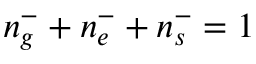
n _ { g } ^ { - } + n _ { e } ^ { - } + n _ { s } ^ { - } = 1